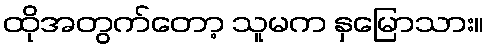
ထိုအတွက်တော့ သူမက နှမြောသား။